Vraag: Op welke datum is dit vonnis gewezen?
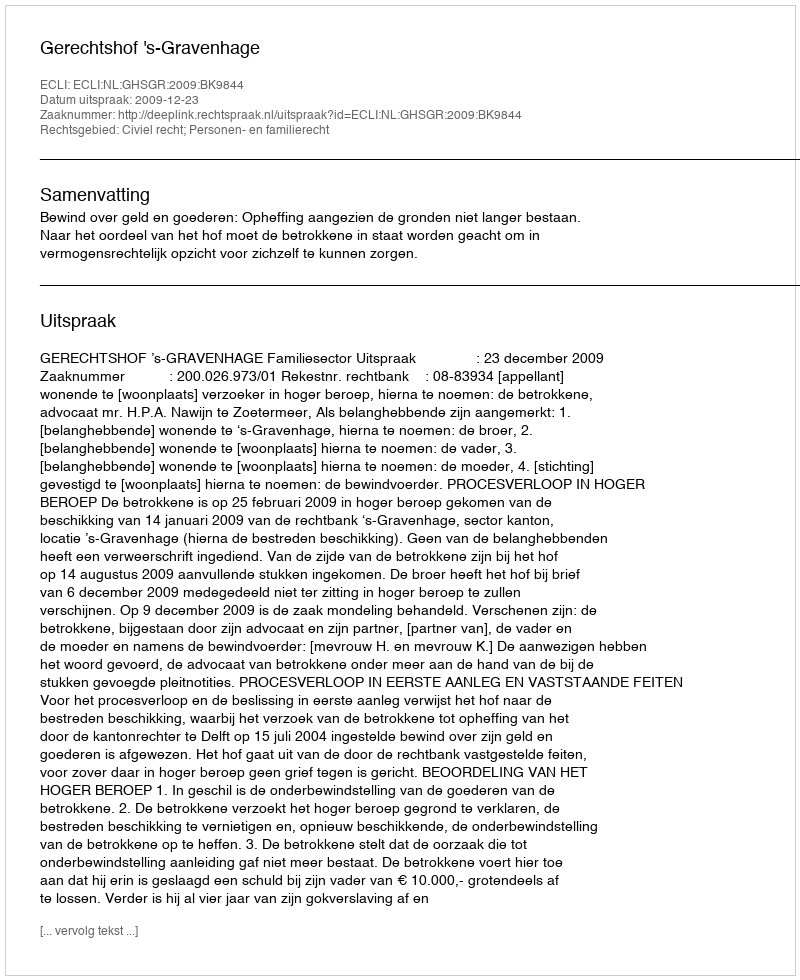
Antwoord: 2009-12-23